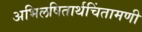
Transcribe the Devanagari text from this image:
अभिलषितार्थचिंतामणी